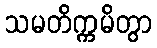
သမတိက္ကမိတွာ